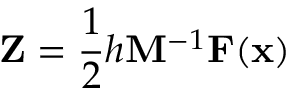
\mathbf { Z } = \frac 1 2 h \mathbf { M } ^ { - 1 } \mathbf { F } ( \mathbf { x } )